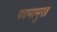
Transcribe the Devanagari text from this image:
पदमामुख